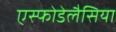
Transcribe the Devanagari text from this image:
एस्फोडेलैसिया